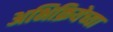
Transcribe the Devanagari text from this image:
अभिक्रियेच्या